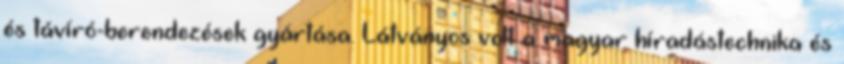
és távíró-berendezések gyártása. Látványos volt a magyar híradástechnika és